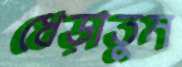
ধেড়াতুম